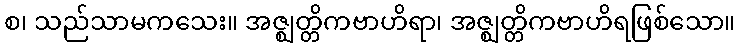
စ၊ သည်သာမကသေး။ အဇ္ဈတ္တိကဗာဟိရာ၊ အဇ္ဈတ္တိကဗာဟိရဖြစ်သော။